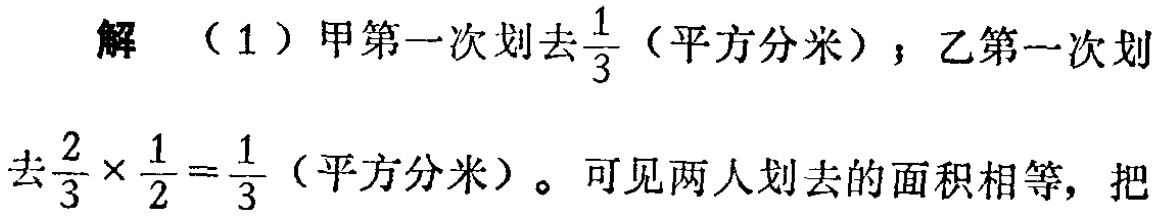
解 （1）甲第一次划去$\frac{1}{3}$（平方分米）；乙第一次划去$\frac{2}{3} \times \frac{1}{2} = \frac{1}{3}$（平方分米）。可见两人划去的面积相等，把